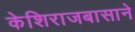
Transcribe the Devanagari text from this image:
केशिराजबासाने